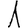
Digit: 1